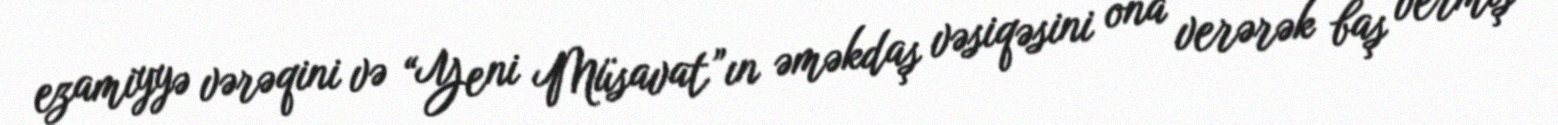
ezamiyyə vərəqini və “Yeni Müsavat”ın əməkdaş vəsiqəsini ona verərək baş vermiş